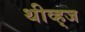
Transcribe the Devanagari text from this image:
थीव्ह्‌ज